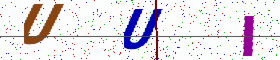
Text: UUI